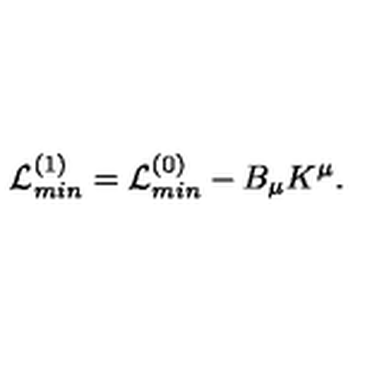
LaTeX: { \cal L } _ { m i n } ^ { ( 1 ) } = { \cal L } _ { m i n } ^ { ( 0 ) } - B _ { \mu } K ^ { \mu } .